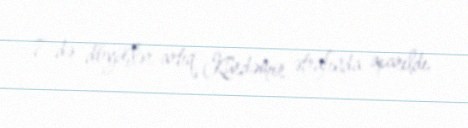
7-də döyüşlər artıq Kürdəmir ətrafında aparıldı.